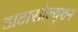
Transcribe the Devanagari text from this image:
डाटासोल्यूशन